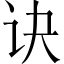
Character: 诀